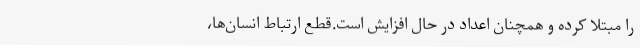
را مبتلا کرده و همچنان اعداد در حال افزایش است.قطع ارتباط انسان‌ها،